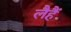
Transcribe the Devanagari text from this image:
लैहैं